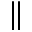
\parallel